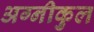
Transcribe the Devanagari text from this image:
अग्‍नीकुल